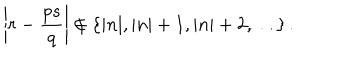
\left| r - \frac { p s } { q } \right| \not \in \{ | n | , | n | + 1 , | n | + 2 , \ldots \} \, .